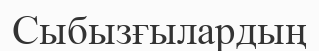
Сыбызғылардың